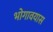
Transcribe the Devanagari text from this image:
भोगावयास